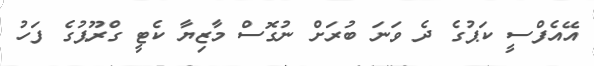
އޭއެފްސީ ކަޕުގެ ދެ ވަނަ ބުރަށް ނުގޮސް މާޒިޔާ ކެޓީ ގްރޫޕުގެ ފަހު